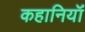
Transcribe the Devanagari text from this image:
कहानियॉं